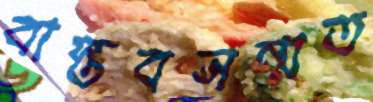
বাস্তবসন্মত